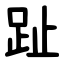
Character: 趾